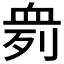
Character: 𰳨